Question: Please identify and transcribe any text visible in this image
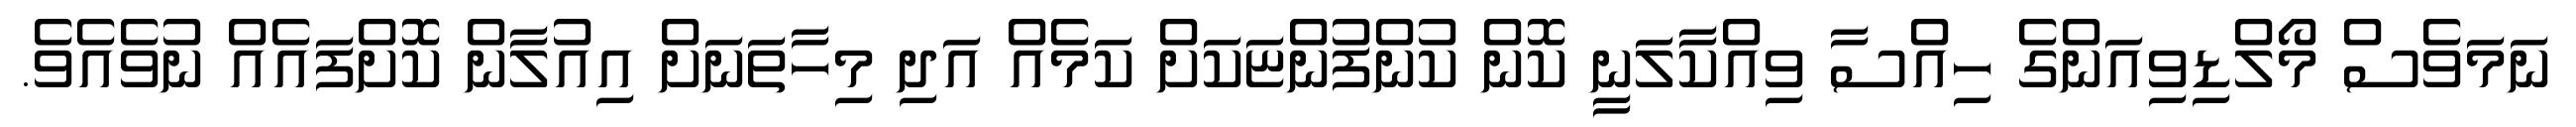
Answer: ނަމަވެސް މޯލްޑިވިއަންގެ ހިއްސާ ވިއްކާލަނީ ކޮން ކުންފުންޏަކަށް ކަމެއް އަދި މިހާތަނަށް އިއުލާން ކޮށްފައެއް ނުވެއެވެ.